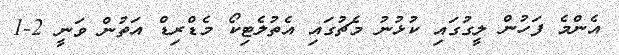
އެންމެ ފަހުން ލީގުގައި ކުޅުނު މެޗުގައި އެތުލެޓިކޯ މެޑްރިޑް އަތުން ވަނީ 2-1